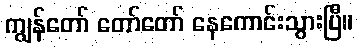
ကျွန်တော် တော်တော် နေကောင်းသွားပြီ။